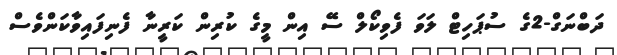
ދަބްނަގް-2ގެ ސުޕަހިޓް ލަވަ ފެވިކޯލް ސޭ އިން މީގެ ކުރިން ކަރީނާ ފެނިފައިވާކަންވެސް